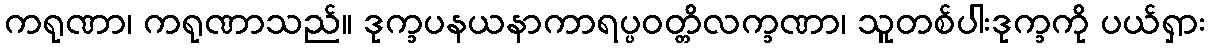
ကရုဏာ၊ ကရုဏာသည်။ ဒုက္ခပနယနာကာရပ္ပဝတ္တိလက္ခဏာ၊ သူတစ်ပါးဒုက္ခကို ပယ်ရှား